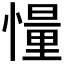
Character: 𪬨